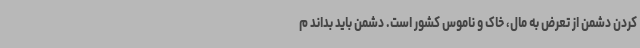
کردن دشمن از تعرض به مال، خاک و ناموس کشور است. دشمن باید بداند م